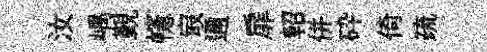
汝嵎覲幰㝡邇扉軺併砕倚疏